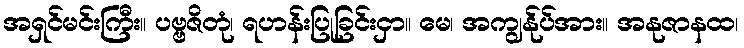
အရှင်မင်းကြီး။ ပဗ္ဗဇိတုံ၊ ရဟန်းပြုခြင်းငှာ။ မေ၊ အကျွန်ုပ်အား။ အနုဇာနထ၊